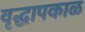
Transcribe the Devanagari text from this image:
वृद्धापकाळ